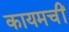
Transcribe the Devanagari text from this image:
कायमचीं